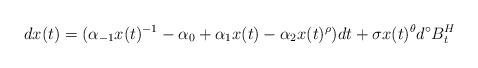
LaTeX: \begin{align*} dx(t)=(\alpha_{-1}x(t)^{-1}-\alpha_{0}+\alpha_{1}x(t)-\alpha_{2}x(t)^{\rho})dt+\sigma x(t)^{\theta}d^{\circ}B_t^H\end{align*}